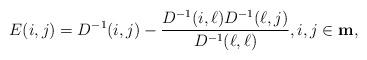
LaTeX: \begin{align*}E(i,j) = D^{-1}(i,j) - \frac{ D^{-1}(i,\ell)D^{-1}(\ell,j)}{D^{-1}(\ell,\ell)},i,j\in {\bf m},\end{align*}